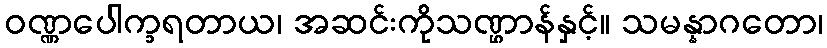
ဝဏ္ဏပေါက္ခရတာယ၊ အဆင်းကိုသဏ္ဌာန်နှင့်။ သမန္နာဂတော၊